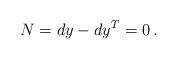
LaTeX: \begin{align*} N=dy-dy^T=0\,.\end{align*}